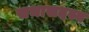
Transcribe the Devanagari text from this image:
सभासदस्य